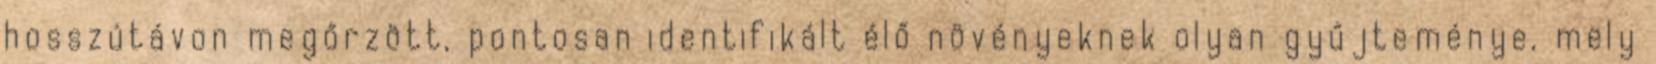
hosszútávon megőrzött, pontosan identifikált élő növényeknek olyan gyűjteménye, mely